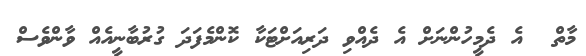
މާތް  އެ ދެމީހުންނަށް އެ ދެއްވި ދަރިއަށްޓަކާ ކޮންމެފަދަ ގުރުބާނީއެއް ވާންވެސް